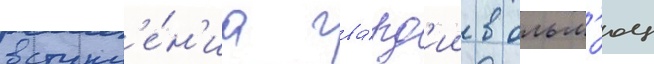
вступл'е́н'иа гва́рд'ии в ольм'юц